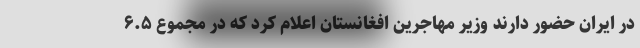
در ایران حضور دارند وزیر مهاجرین افغانستان اعلام کرد که در مجموع ۶.۵